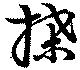
揲